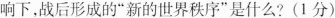
响下，战后形成的”新的世界秩序”是什么?(1分)